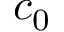
c _ { 0 }